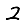
Digit: 2